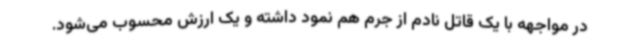
در مواجهه با یک قاتل نادم از جرم هم نمود داشته و یک ارزش محسوب می‌شود.